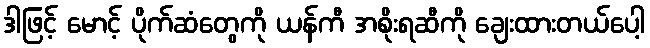
ဒါဖြင့် မောင့် ပိုက်ဆံတွေကို ယန်ကီ အစိုးရဆီကို ချေးထားတယ်ပေါ့